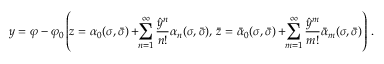
y = \varphi - \varphi _ { 0 } \left( \! z = \alpha _ { 0 } ( \sigma , \bar { \sigma } ) + \! \! \sum _ { n = 1 } ^ { \infty } \frac { { \hat { y } } ^ { n } } { n ! } \alpha _ { n } ( \sigma , \bar { \sigma } ) , \, \bar { z } = \bar { \alpha } _ { 0 } ( \sigma , \bar { \sigma } ) + \! \! \sum _ { m = 1 } ^ { \infty } \frac { { \hat { y } } ^ { m } } { m ! } \bar { \alpha } _ { m } ( \sigma , \bar { \sigma } ) \right) \, .